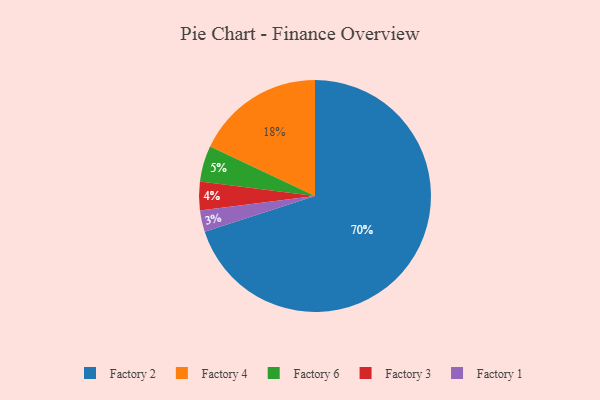
{"axis": {"x": "Category", "y": "Percentage"}, "legend": ["Factory 1", "Factory 2", "Factory 3", "Factory 4", "Factory 6"], "data": [{"x": "Factory 1", "y": 3, "type": "Factory 1"}, {"x": "Factory 2", "y": 70, "type": "Factory 2"}, {"x": "Factory 4", "y": 18, "type": "Factory 4"}, {"x": "Factory 6", "y": 5, "type": "Factory 6"}, {"x": "Factory 3", "y": 4, "type": "Factory 3"}]}